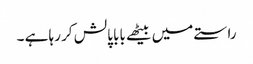
راستے میں بیٹھے بابا پالش کر رہا ہے ۔